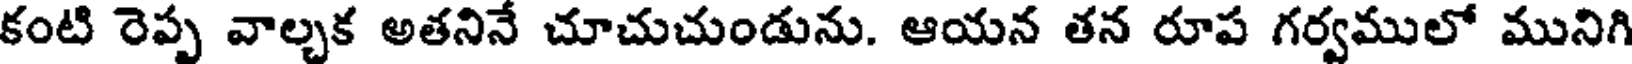
కంటి రెప్ప వాల్చక అతనినే చూచుచుండును. ఆయన తన రూప గర్వములో మునిగి